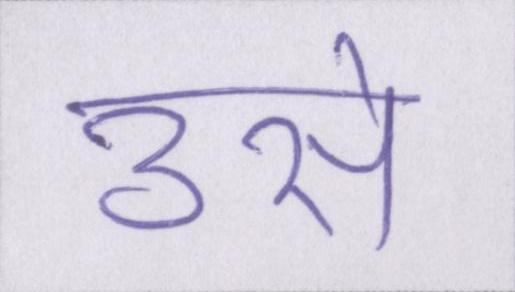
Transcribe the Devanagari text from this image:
उसे